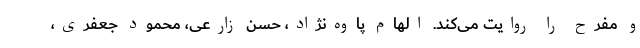
و مفرح را روایت می‌کند. الهام پاوه‌نژاد، حسن زارعی، محمود جعفری،